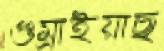
গুম্‌রাইয়াছ